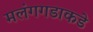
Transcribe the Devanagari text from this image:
मलंगगडाकडे